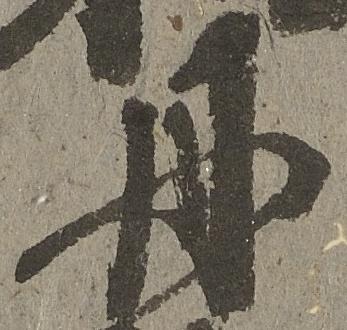
丹